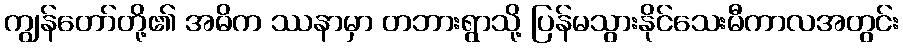
ကျွန်တော်တို့၏ အဓိက ဿနာမှာ တဘားရွာသို့ ပြန်မသွားနိုင်သေးမီကာလအတွင်း